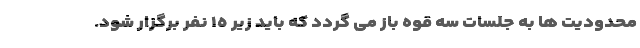
محدوديت ها به جلسات سه قوه باز مى گردد كه بايد زير ١٥ نفر برگزار شود.